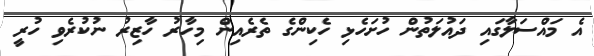
އެ މައްސަލާގައި ދައުލަތުން ހުށަހެޅި ހެކިންގެ ތެރެއިން މިހާރު ހާޒިރު ނުކުރެވި ހުރީ